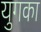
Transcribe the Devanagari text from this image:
युगका